Annual report of the Punjab Veterinary College and of the Civil Veterinary Department, Punjab - 1894-1908
Year: 1894
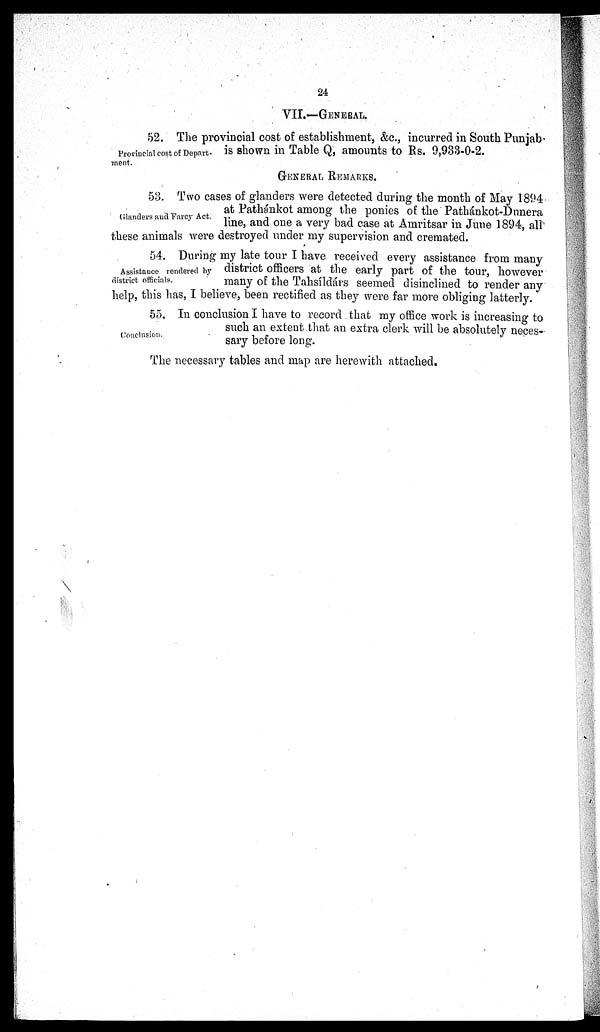
24
VII.—GENERAL.
Provincial cost of Depart-
ment.
52. The provincia l cost of establishment, &c., incurred in South Punjab-
is shown in Table Q, amounts to Rs. 9,933-0-2.
GENERAL REMARKS.
Glanders and Farcy Act.
53. Two cases of glanders were detected during the month of May 1894
at Pathánkot among the ponies of the Pathánkot-Dunera
line, and one a very bad case at Amritsar in June 1894, all
these animals were destroyed under my supervision and cremated.
Assistance rendered by
district officials.
54. During my late tour I have received every assistance from many
district officers at the early part of the tour, however
many of the Tahsíldárs seemed disinclined to render any
help, this has, I believe, been rectified as they were far more obliging latterly.
Conclusion.
55. In conclusion I have to record that my office work is increasing to
such an extent that an extra clerk will be absolutely neces-
sary before long.
The necessary tables and map are herewith attached.